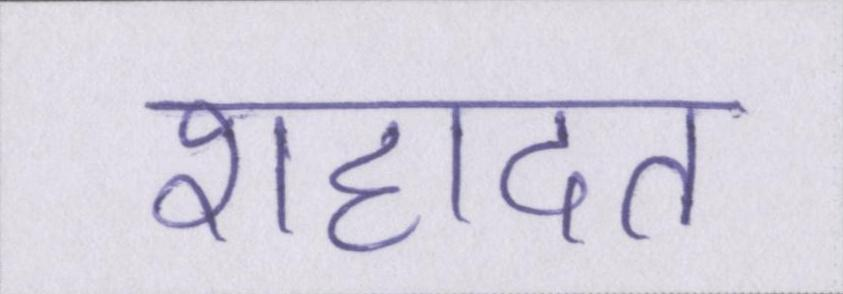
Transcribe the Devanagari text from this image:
शहादत